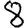
Digit: 8